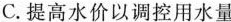
C.提高水价以调控用水量